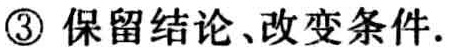
\textcircled{3} 保留结论、改变条件.